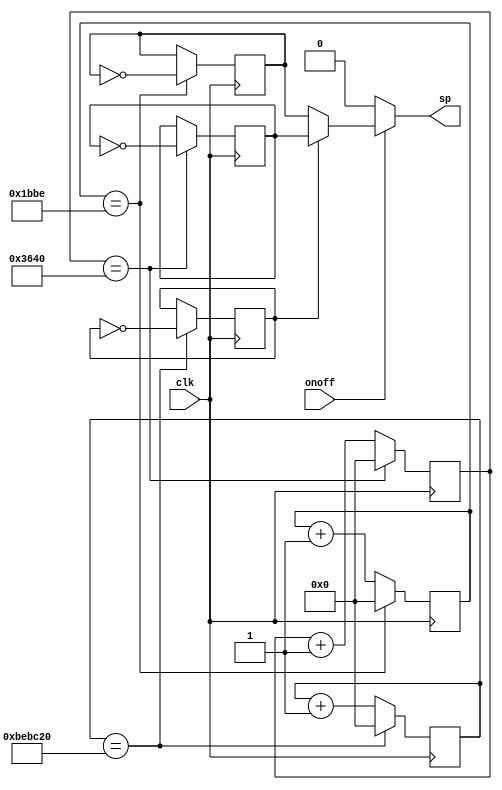
`timescale 1ns / 1ps
//////////////////////////////////////////////////////////////////////////////////
// Company: 
// Engineer: 
// 
// Design Name: 
// Module Name:    buzzer 
// Project Name: 
// Target Devices: 
// Tool versions: 
// Description: 
//
// Dependencies: 
//
// Revision: 
// Revision 0.01 - File Created
// Additional Comments: 
//
//////////////////////////////////////////////////////////////////////////////////
module buzzer(
    input clk,
    input onoff,
    output reg sp 
    );
	 parameter clk56k= 25000000/450/4;
	 parameter clk28k= 25000000/440/8;
	 
	 reg sp1;
	 reg sp2;
	 reg speed;
	 always@(onoff)
		if(onoff ==0) sp<=0;
		else sp <= (speed ? sp1:sp2);
	reg[31:0] cnt1;
	always@(posedge clk)
		//
		begin 
			if(cnt1 == clk56k) begin sp1<= ~sp1; cnt1 <=0; end
			else begin cnt1 <= cnt1 +1; end
		end
	
	reg[31:0] cnt2;
	always@(posedge clk)
		//
		begin 
			if(cnt2 == clk28k) begin sp2<= ~sp2; cnt2 <=0; end
			else begin cnt2 <= cnt2 +1; end
		end
	
	reg[31:0] cnt;
	always@(posedge clk)
		if(cnt == 25000000/2)
			begin speed = ~speed; cnt <=0; end
		else cnt <= cnt + 1;
		/*if(onoff ==0) sp <=0; 
		else begin 
			if(cnt == clk56k) begin sp<= ~sp; cnt <=0; end
			else begin cnt <= cnt+1; end
		end*/
		
endmodule